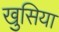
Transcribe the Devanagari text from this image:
खुसिया